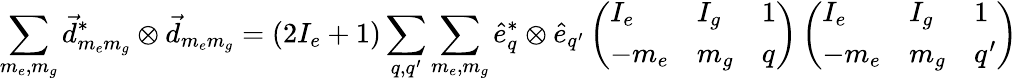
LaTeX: \sum_{m_{e},m_{g}}\vec{d}_{m_{e}m_{g}}^{*}\otimes\vec{d}_{m_{e}m_{g}}=(2I_{e}+1)\sum_{q,q^{\prime}}\sum_{m_{e},m_{g}}\hat{e}_{q}^{*}\otimes\hat{e}_{q^{\prime}}\left(\begin{array}{lll}{I_{e}}&{I_{g}}&{1}\\ {-m_{e}}&{m_{g}}&{q}\end{array}\right)\left(\begin{array}{lll}{I_{e}}&{I_{g}}&{1}\\ {-m_{e}}&{m_{g}}&{q^{\prime}}\end{array}\right)